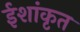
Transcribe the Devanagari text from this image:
ईशांकृत